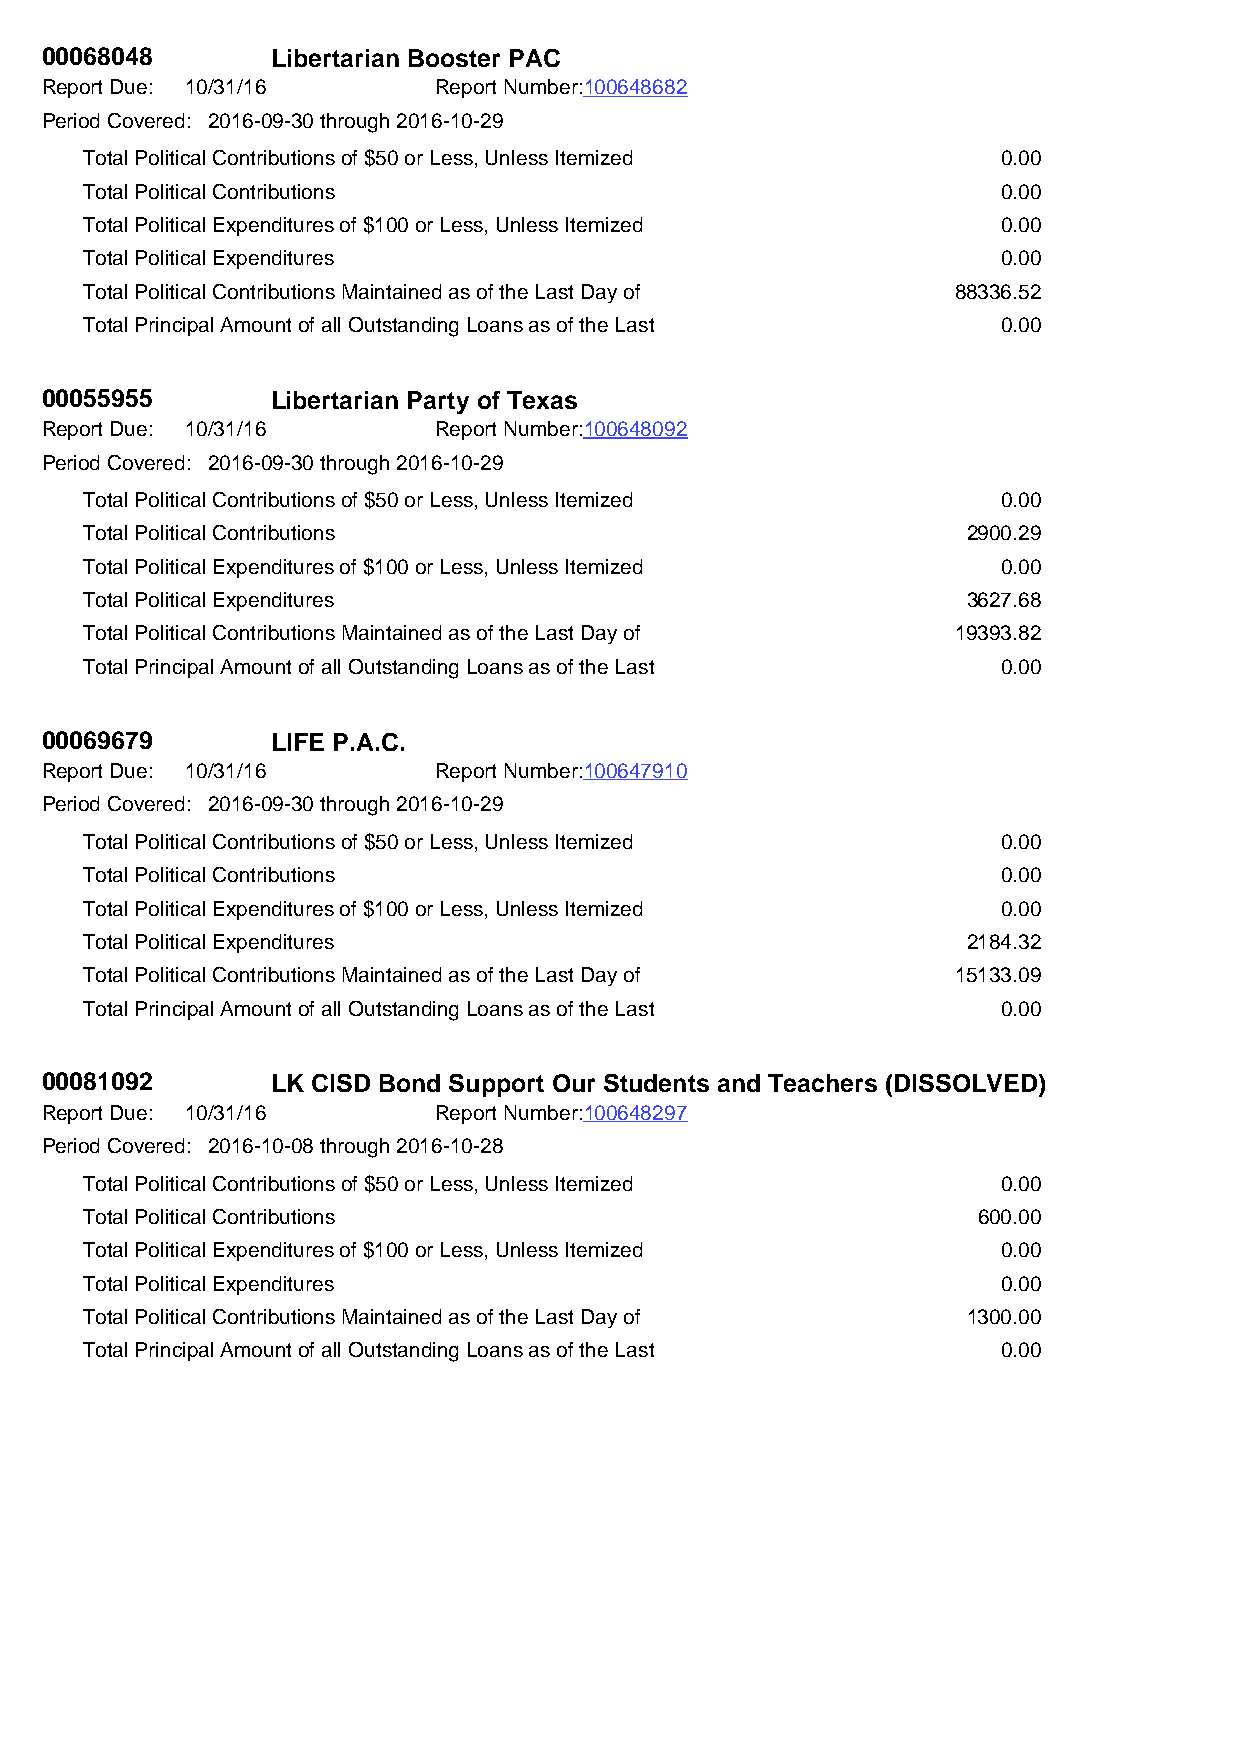
00068048       Libertarian Booster PAC
 Report Due: 10/31/16      Report Number:100648682
 Period Covered: 2016-09-30 through 2016-10-29
 Total Political Contributions of $50 or Less, Unless Itemized 0.00
 Total Political Contributions                               0.00
 Total Political Expenditures of $100 or Less, Unless Itemized 0.00
 Total Political Expenditures                                0.00
 Total Political Contributions Maintained as of the Last Day of 88336.52
 Total Principal Amount of all Outstanding Loans as of the Last 0.00
 00055955       Libertarian Party of Texas
 Report Due: 10/31/16      Report Number:100648092
 Period Covered: 2016-09-30 through 2016-10-29
 Total Political Contributions of $50 or Less, Unless Itemized 0.00
 Total Political Contributions                             2900.29
 Total Political Expenditures of $100 or Less, Unless Itemized 0.00
 Total Political Expenditures                              3627.68
 Total Political Contributions Maintained as of the Last Day of 19393.82
 Total Principal Amount of all Outstanding Loans as of the Last 0.00
 00069679       LIFE P.A.C.
 Report Due: 10/31/16      Report Number:100647910
 Period Covered: 2016-09-30 through 2016-10-29
 Total Political Contributions of $50 or Less, Unless Itemized 0.00
 Total Political Contributions                               0.00
 Total Political Expenditures of $100 or Less, Unless Itemized 0.00
 Total Political Expenditures                              2184.32
 Total Political Contributions Maintained as of the Last Day of 15133.09
 Total Principal Amount of all Outstanding Loans as of the Last 0.00
 00081092       LK CISD Bond Support Our Students and Teachers (DISSOLVED)
 Report Due: 10/31/16      Report Number:100648297
 Period Covered: 2016-10-08 through 2016-10-28
 Total Political Contributions of $50 or Less, Unless Itemized 0.00
 Total Political Contributions                              600.00
 Total Political Expenditures of $100 or Less, Unless Itemized 0.00
 Total Political Expenditures                                0.00
 Total Political Contributions Maintained as of the Last Day of 1300.00
 Total Principal Amount of all Outstanding Loans as of the Last 0.00